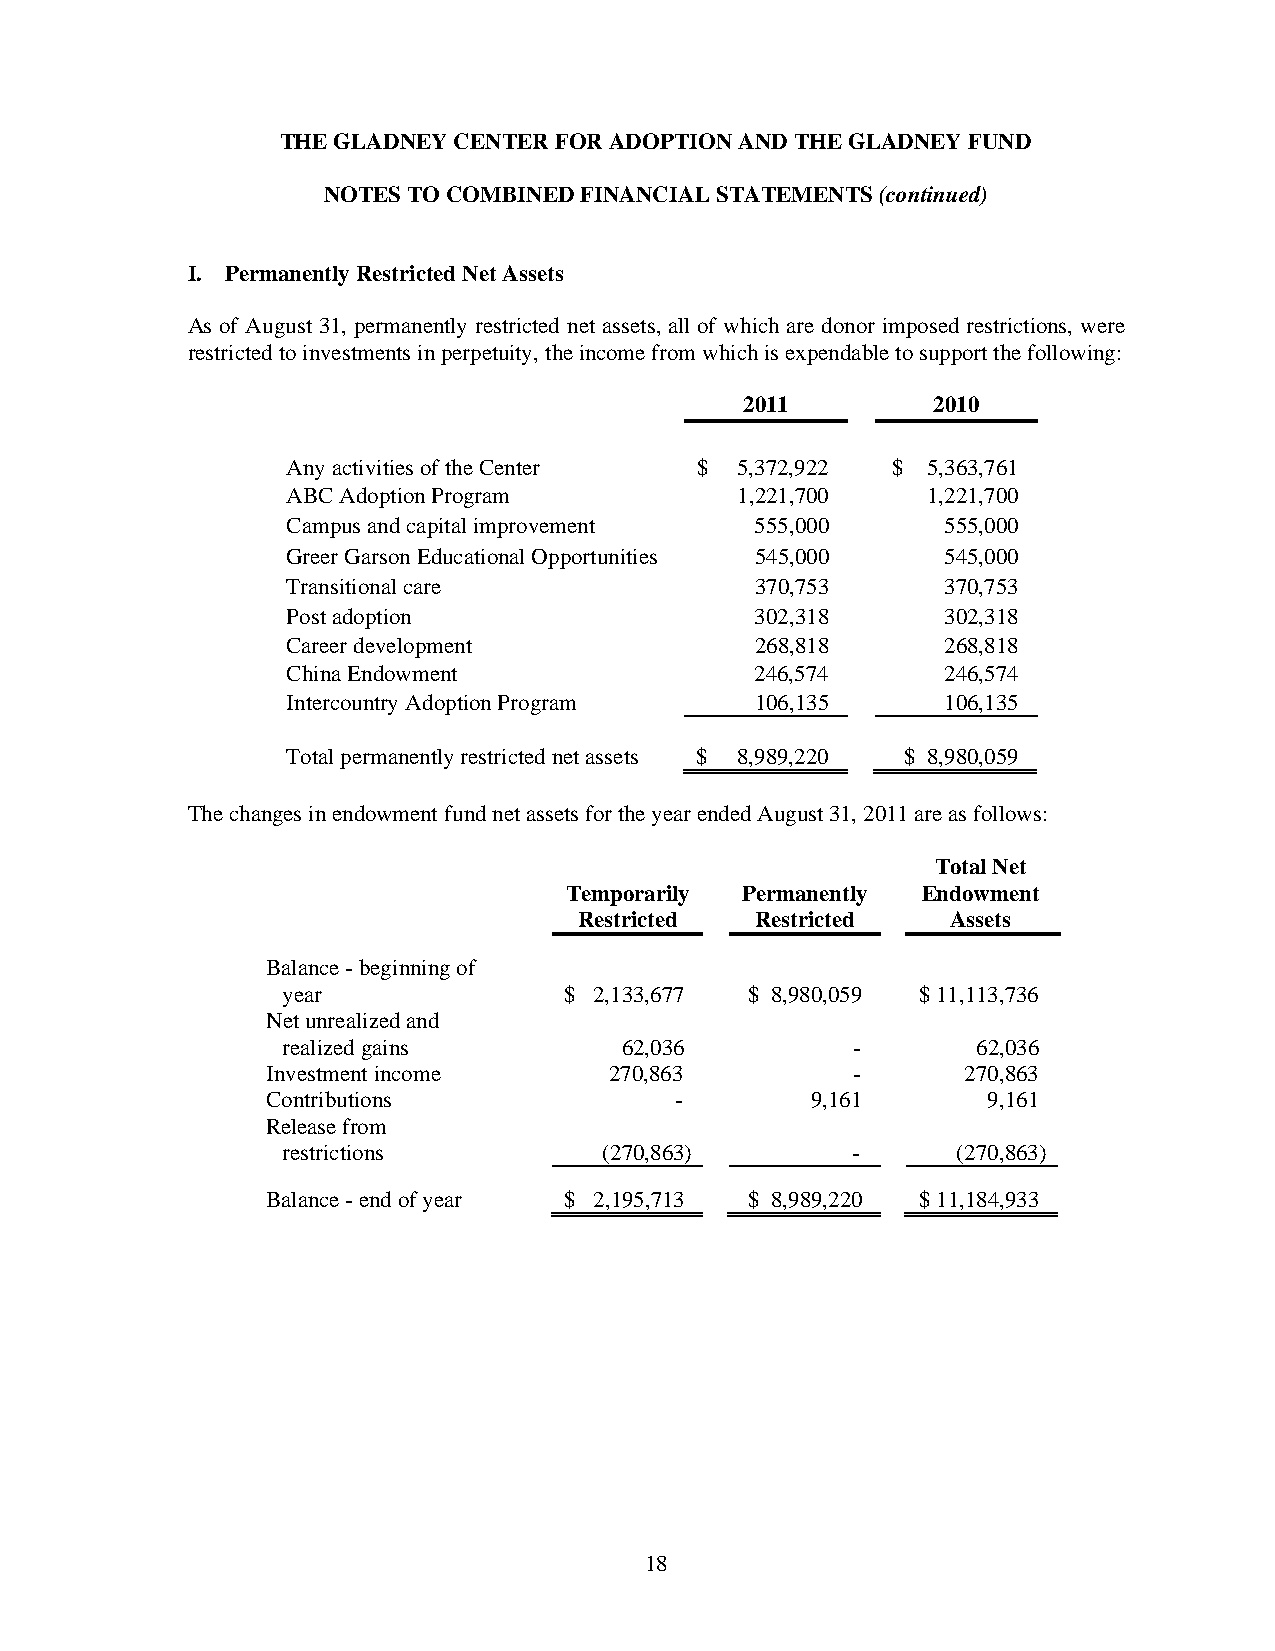
THE GLADNEY CENTER FOR ADOPTION AND THE GLADNEY FUND
 NOTES TO COMBINED FINANCIAL STATEMENTS (continued)
 I. Permanently Restricted Net Assets
 As of August 31, permanently restricted net assets, all of which are donor imposed restrictions, were
 restricted to investments in perpetuity, the income from which is expendable to support the following:
 2011         2010
 Any activities of the Center $ 5,372,922 $ 5,363,761
 ABC Adoption Program          1,221,700   1,221,700
 Campus and capital improvement 555,000      555,000
 Greer Garson Educational Opportunities 545,000 545,000
 Transitional care              370,753      370,753
 Post adoption                  302,318      302,318
 Career development             268,818      268,818
 China Endowment                246,574      246,574
 Intercountry Adoption Program  106,135      106,135
 Total permanently restricted net assets $ 8,989,220 $ 8,980,059
 The changes in endowment fund net assets for the year ended August 31, 2011 are as follows:
 Total Net
 Temporarily Permanently Endowment
 Restricted  Restricted   Assets
 Balance - beginning of
 year              $ 2,133,677 $ 8,980,059 $ 11,113,736
 Net unrealized and
 realized gains        62,036         -        62,036
 Investment income     270,863         -       270,863
 Contributions              -        9,161      9,161
 Release from
 restrictions         (270,863)       -      (270,863)
 Balance - end of year $ 2,195,713 $ 8,989,220 $ 11,184,933
 18